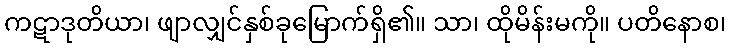
ကဋာဒုတိယာ၊ ဖျာလျှင်နှစ်ခုမြောက်ရှိ၏။ သာ၊ ထိုမိန်းမကို။ ပတိနောစ၊